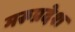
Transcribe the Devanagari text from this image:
मरूप्रदेश